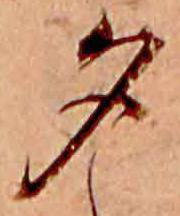
夕